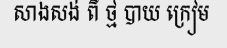
សាងសង់ ពី ថ្ម បាយ ក្រៀម